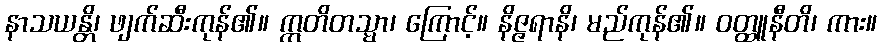
နာသယန္တိ၊ ဖျက်ဆီးကုန်၏။ ဣတိတသ္မာ၊ ကြောင့်။ နိဇ္ဇရာနိ၊ မည်ကုန်၏။ ဝတ္ထူနီတိ၊ ကား။